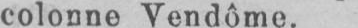
colonne Vendôme.